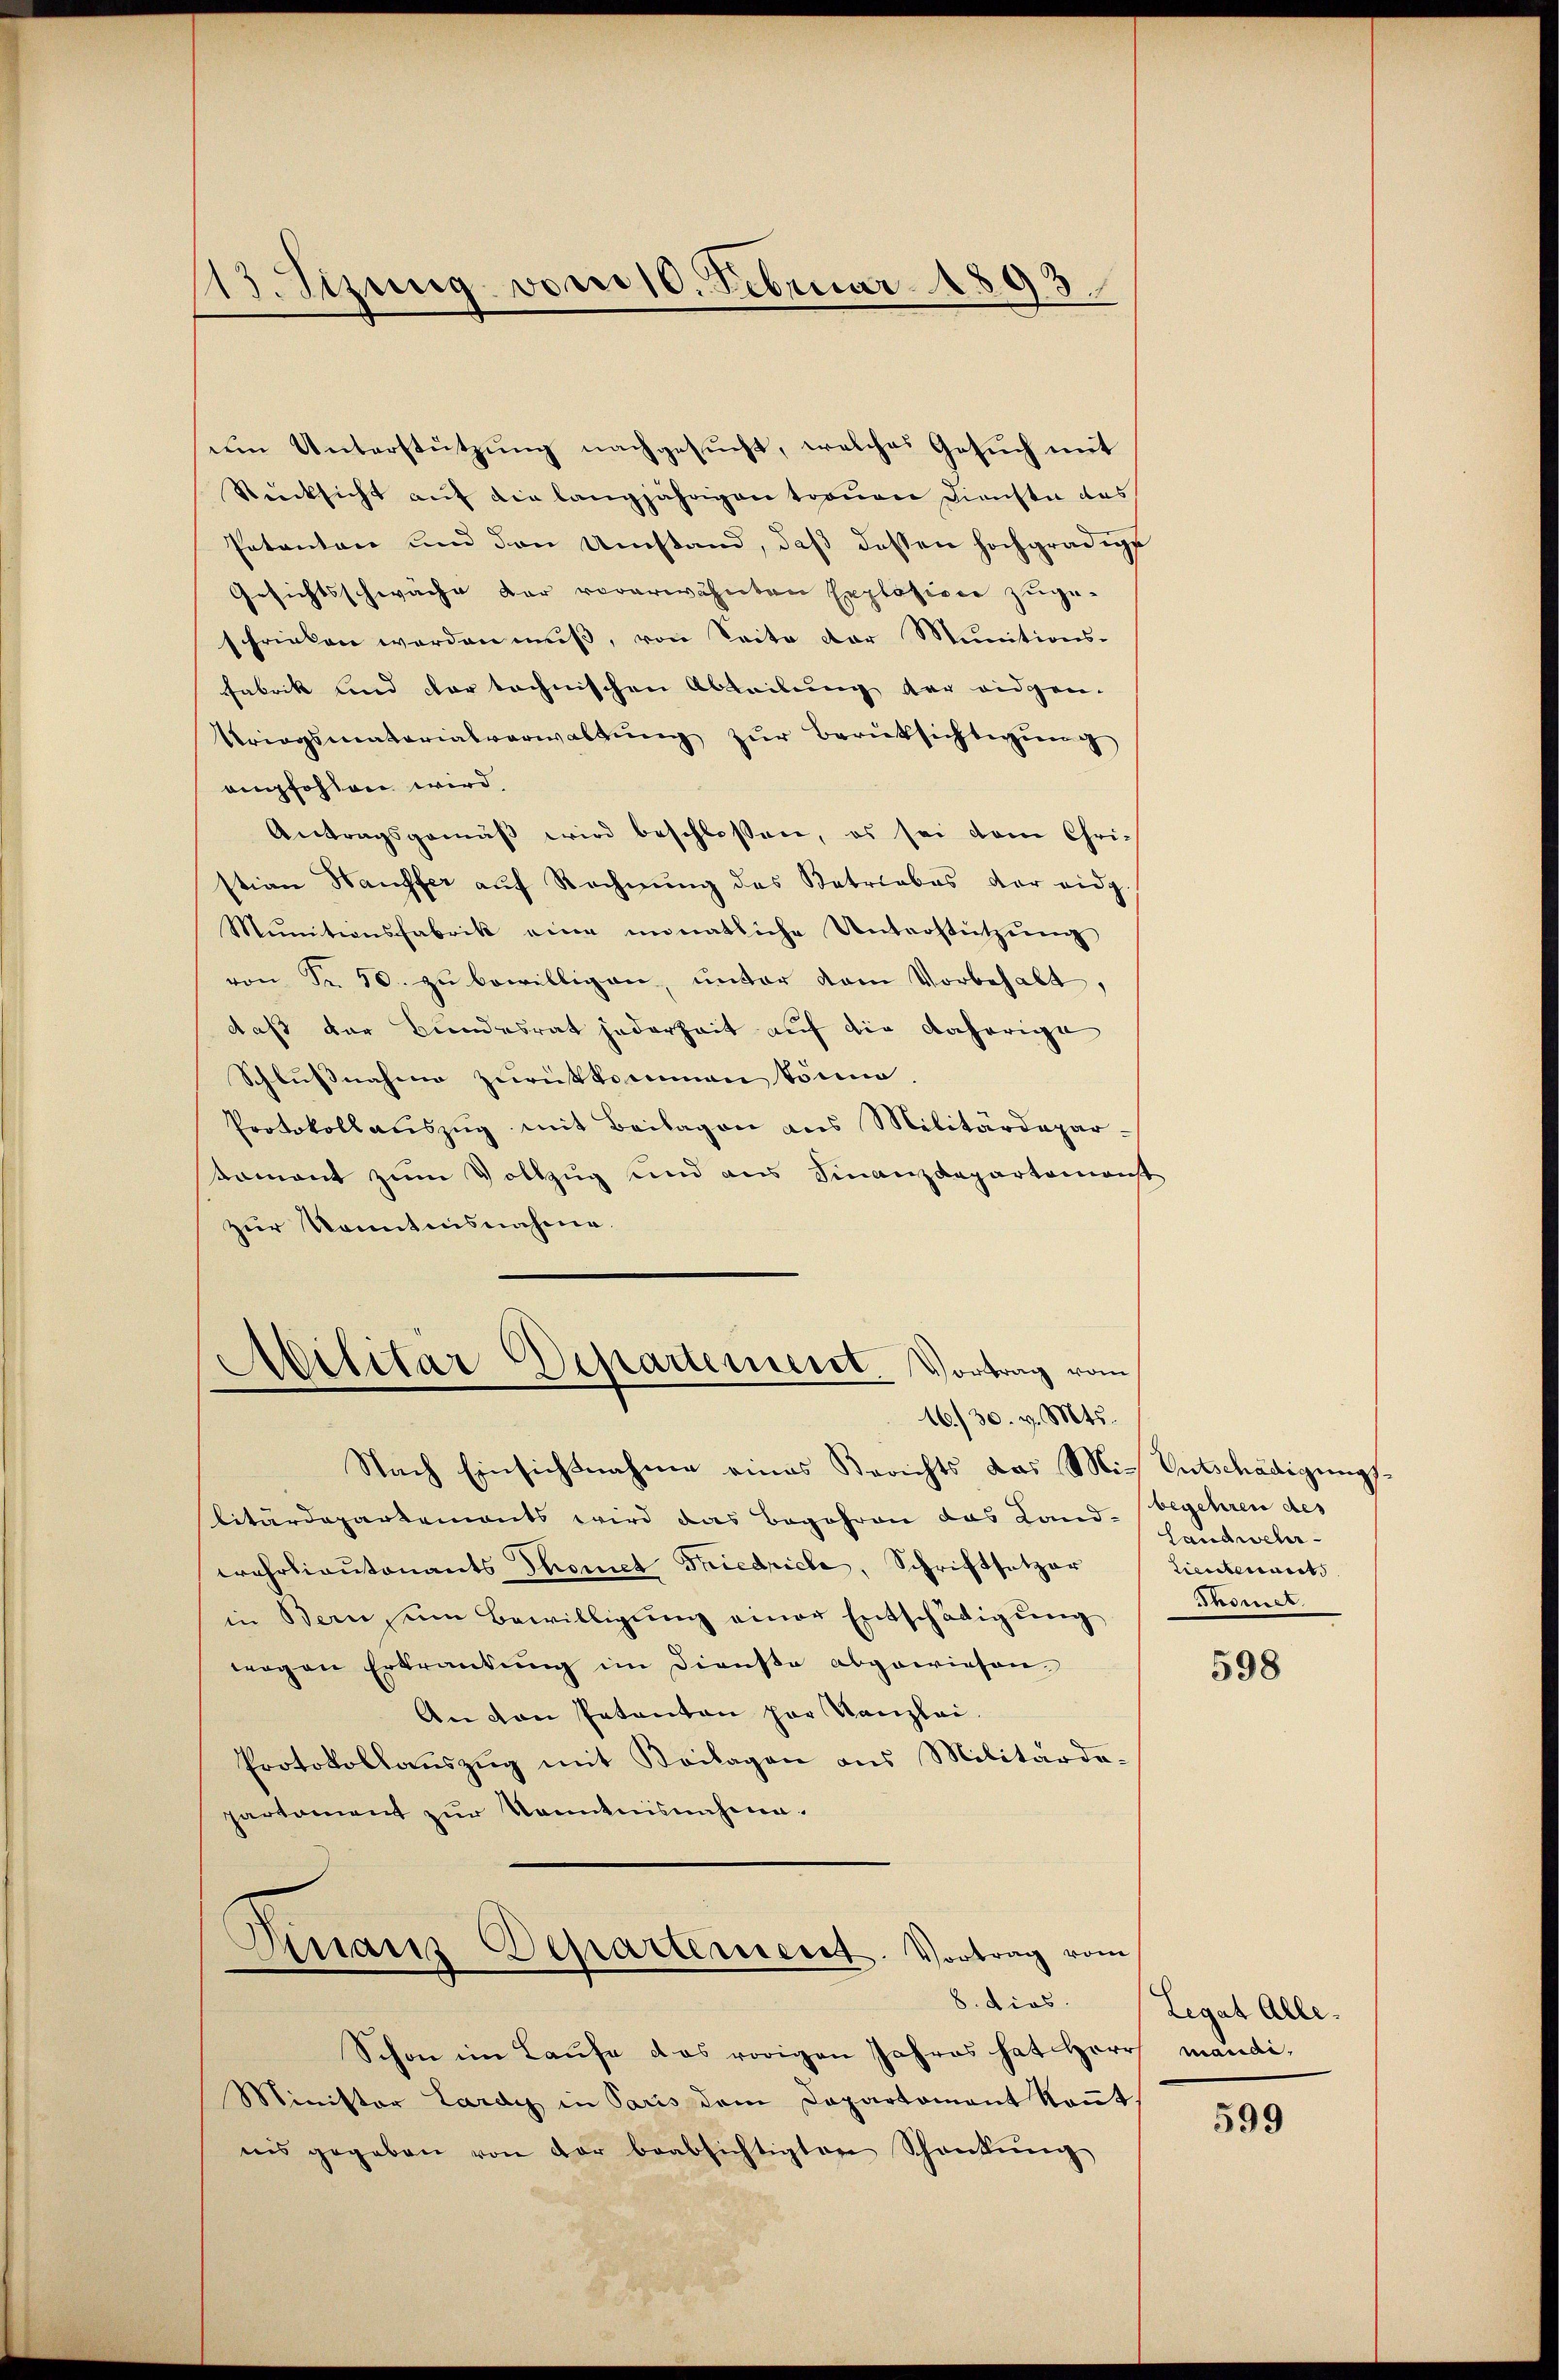
13. Sizung vom 10. Februar 1893.

um Unterstützung nachgesucht, welches Gesuch mit
Rücksicht auf die langjährigen tronen Dienste das
Patentane und den Umstand, daß dessen hochgradige
Gesichtsschwäche der vorerwähnten Explosion zuge-
frinken werden muß, von Seite der Munitions-
Fabrik und der technischen Abteilung der eidgen.
Kriegsmaterialverwaltŭng zŭr Berüksichtigŭng
empfohlen wird,
Antragsgemäβ wird beschlossen, es sei dem Chri-
stian Hausfer auf Rechnung des Betriebes der eidg
Mŭnitionsfabrik eine minatliche Unterstützŭng
von Fr. 50. zŭ bewilligen, unter dem Vorbehalt,
daß der Bundesrat jederheit auf die daherige
Schlussnahme zurückkommen könne.
Protokollaŭszŭg mit Beilagen aus Militärdeparkoment zum Vollzug und aus Finanzdepartemonst
zur Kenntnisnahme.
Militär
ssartement. Vortrag vom

16./30. v. Mts.

Nach Einsichtnahme eines Berichts das Mit Entschädigŭngs-
litärdepartements wird das Begehren das Land- begehren des
wehrliantonants Thomet Friedriche, Schriftsetzer
in Bern, um Bewilligung einer Entschädigung
wogen Erkrankung im Dieuse abgewiesen.
An von Patanton par Kanzlei.
Protokollauszug mit Beilagen aus Militärdepartement zur Kenntnisnehme.
Hinaus Departerient. Vortrag vom

Schon im Laufe das vorigen Jahres hat Herr mandi¬
Minister Lardy in Paris dem Departement konnt
nis gegeben von der beabsichtigten Schankŭng

Landwehr-
tientenants
Thomet

598

8. dies. Legat Alle.

599